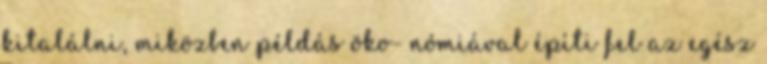
kitalálni, miközben példás öko- nómiával építi fel az egész